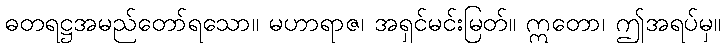
ဓတရဋ္ဌအမည်တော်ရသော။ မဟာရာဇ၊ အရှင်မင်းမြတ်။ ဣတော၊ ဤအရပ်မှ။